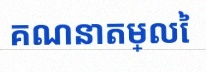
គណនាតម្លៃ